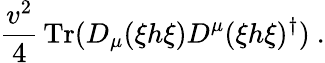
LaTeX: \frac{v^{2}}{4}\, \mathrm{Tr}(D_{\mu}(\xi h\xi)D^{\mu}(\xi h\xi)^{\dagger})\ .